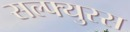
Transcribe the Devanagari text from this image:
सल्फ्युरस